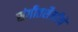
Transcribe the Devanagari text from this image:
संगीतशैलीचे